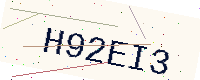
Text: H92EI3